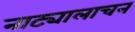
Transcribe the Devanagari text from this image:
नाट्यालाचन